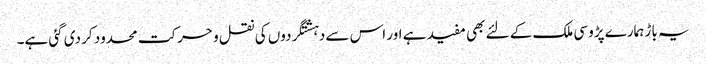
یہ باڑ ہمارے پڑوسی ملک کے لئے بھی مفید ہے اور اس سے دہشتگردوں کی نقل و حرکت محدود کر دی گئی ہے۔